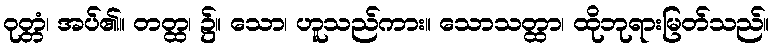
ဝုတ္တံ၊ အပ်၏။ တတ္ထ၊ ၌။ သော၊ ဟူသည်ကား။ သောသတ္ထာ၊ ထိုဘုရားမြတ်သည်။